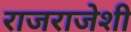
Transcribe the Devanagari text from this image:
राजराजेशी